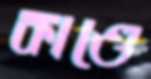
কাণ্ডে